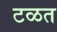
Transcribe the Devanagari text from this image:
टळत